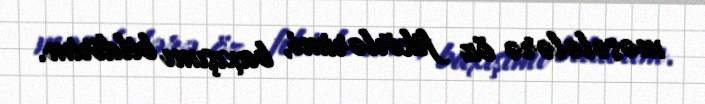
məsələlərə öz fikirlərimi, baxışımı bildirim.